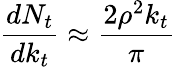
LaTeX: \frac{dN_{t}}{dk_{t}}\approx\frac{2\rho^{2}k_{t}}{\pi}